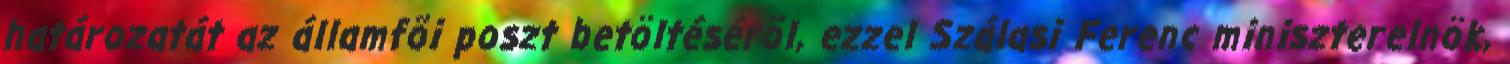
határozatát az államfõi poszt betöltésérõl, ezzel Szálasi Ferenc miniszterelnök,